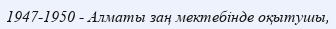
1947-1950 - Алматы заң мектебінде оқытушы,